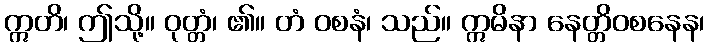
ဣတိ၊ ဤသို့။ ဝုတ္တံ၊ ၏။ တံ ဝစနံ၊ သည်။ ဣမိနာ နေတ္တိဝစနေန၊